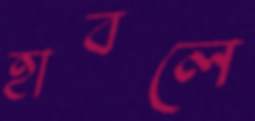
হাবলে